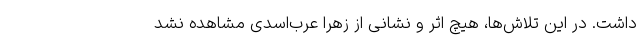
داشت. در این تلاش‌ها، هیچ اثر و نشانی از زهرا عرب‌اسدی مشاهده نشد